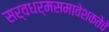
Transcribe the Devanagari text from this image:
सर्वधर्मसमावेशकतेचे